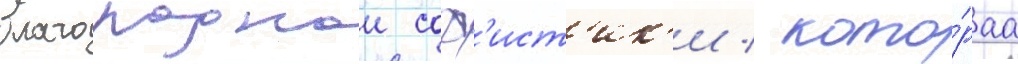
благороднои соф'ист'ик'и / кото́раа